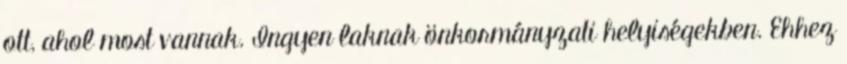
ott, ahol most vannak. Ingyen laknak önkormányzati helyiségekben. Ehhez